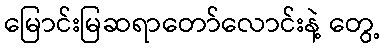
မြောင်းမြဆရာတော်လောင်းနဲ့ တွေ့